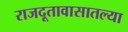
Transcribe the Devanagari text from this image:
राजदूतावासातल्या